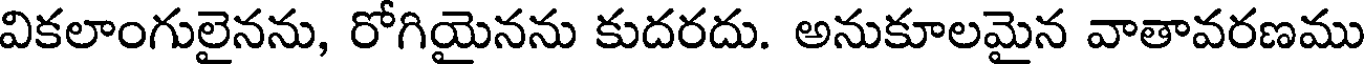
వికలాంగులైనను, రోగియైనను కుదరదు. అనుకూలమైన వాతావరణము